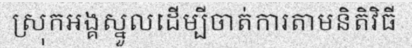
ស្រុកអង្គស្នួលដើម្បីចាត់ការតាមនិតិវិធី